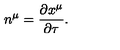
n ^ { \mu } = \frac { \partial x ^ { \mu } } { \partial \tau } .